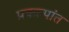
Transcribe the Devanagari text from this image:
प्रकल्पांत